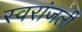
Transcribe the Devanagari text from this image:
स्वरांजली